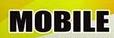
mobile